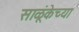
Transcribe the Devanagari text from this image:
साळूंकेच्या